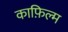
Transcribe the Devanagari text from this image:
काफ़िल्म